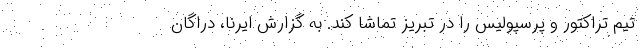
تیم تراکتور و پرسپولیس را در تبریز تماشا کند. به گزارش ایرنا، دراگان